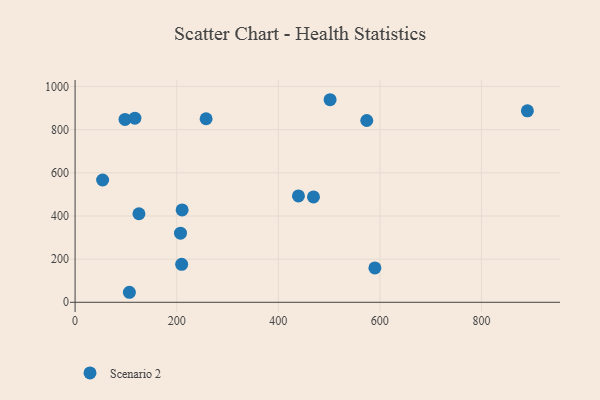
{"axis": {"x": "Engine Size", "y": "Rating"}, "legend": ["Scenario 2"], "data": [{"x": "98.3", "y": 847.5, "type": "Scenario 2"}, {"x": "125.7", "y": 410.3, "type": "Scenario 2"}, {"x": "257.9", "y": 850.8, "type": "Scenario 2"}, {"x": "590.2", "y": 159.3, "type": "Scenario 2"}, {"x": "439.7", "y": 493.1, "type": "Scenario 2"}, {"x": "469.3", "y": 488.3, "type": "Scenario 2"}, {"x": "890.4", "y": 887.5, "type": "Scenario 2"}, {"x": "209.8", "y": 175.9, "type": "Scenario 2"}, {"x": "210.7", "y": 428.1, "type": "Scenario 2"}, {"x": "54.2", "y": 566.9, "type": "Scenario 2"}, {"x": "117.7", "y": 853.5, "type": "Scenario 2"}, {"x": "106.9", "y": 46.4, "type": "Scenario 2"}, {"x": "502.0", "y": 938.9, "type": "Scenario 2"}, {"x": "207.5", "y": 320.4, "type": "Scenario 2"}, {"x": "574.2", "y": 842.6, "type": "Scenario 2"}]}